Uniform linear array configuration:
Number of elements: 32
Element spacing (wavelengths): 0.75
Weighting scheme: hann
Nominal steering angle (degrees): -45
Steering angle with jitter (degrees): -43.224
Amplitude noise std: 0.05
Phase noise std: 0.05

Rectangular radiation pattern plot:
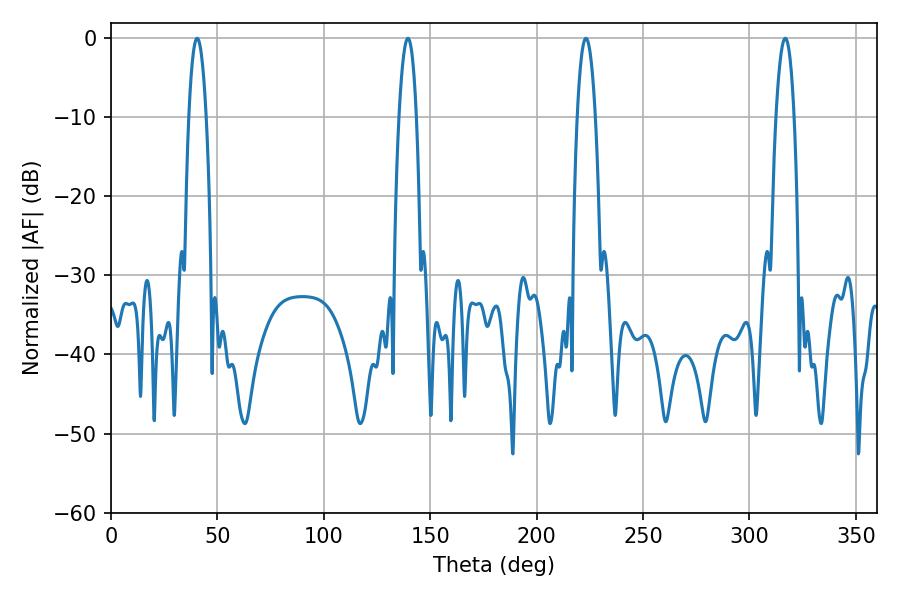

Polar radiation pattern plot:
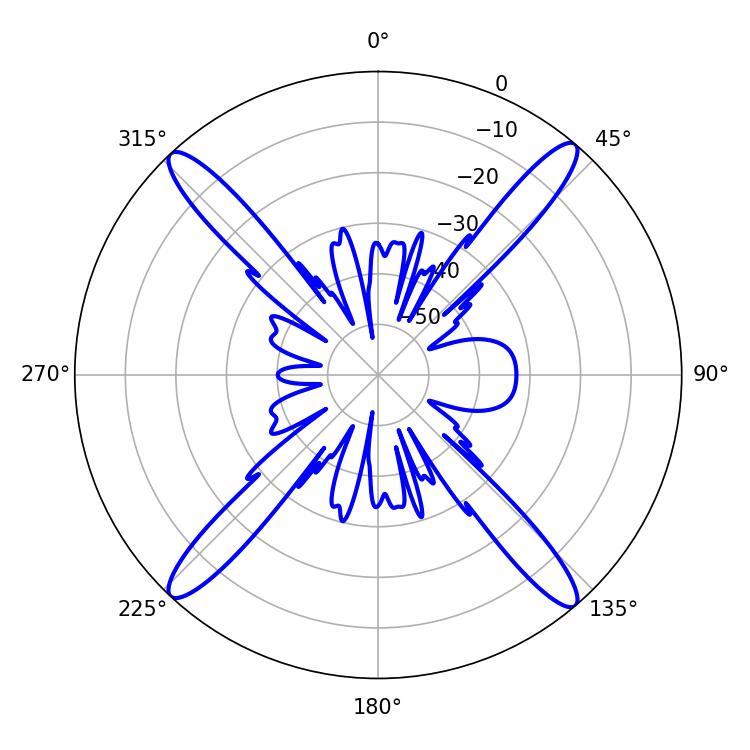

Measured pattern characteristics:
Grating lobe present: TRUE
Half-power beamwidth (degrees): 4.5
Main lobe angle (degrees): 139.5